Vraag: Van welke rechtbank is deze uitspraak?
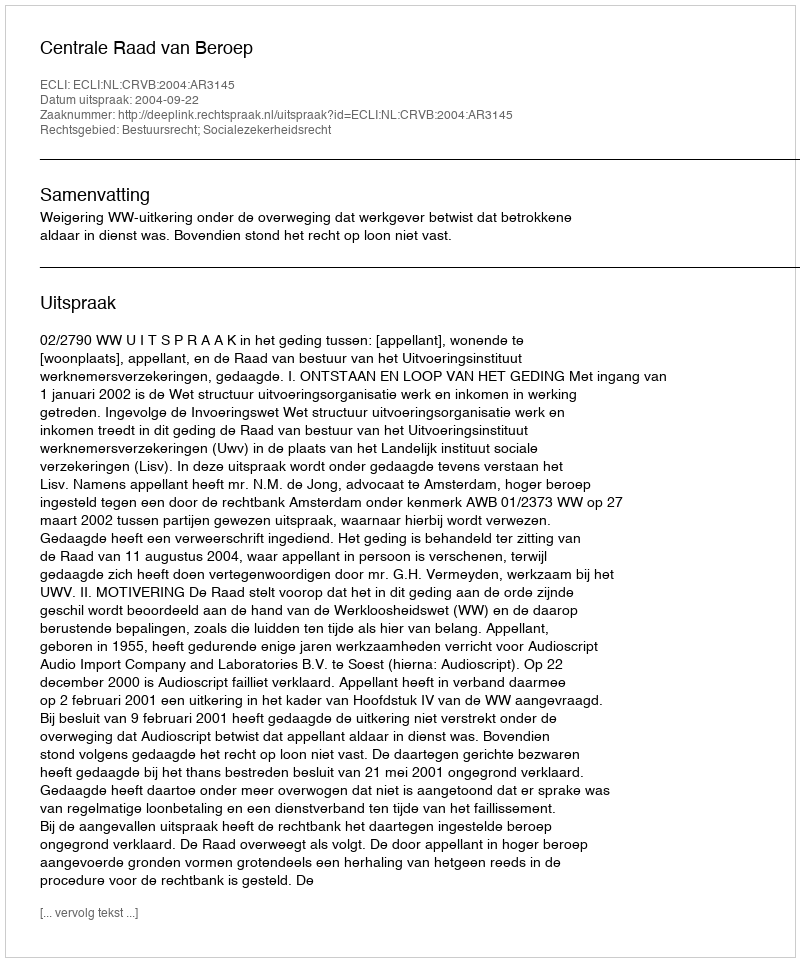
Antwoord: Centrale Raad van Beroep